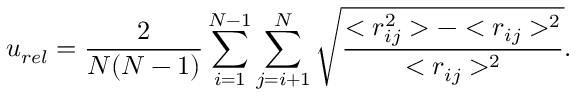
u _ { r e l } = \frac { 2 } { N ( N - 1 ) } \sum _ { i = 1 } ^ { N - 1 } \sum _ { j = i + 1 } ^ { N } \sqrt { \frac { < r _ { i j } ^ { 2 } > - < r _ { i j } > ^ { 2 } } { < r _ { i j } > ^ { 2 } } } .